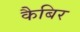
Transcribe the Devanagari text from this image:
कैबिर